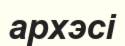
архэсі